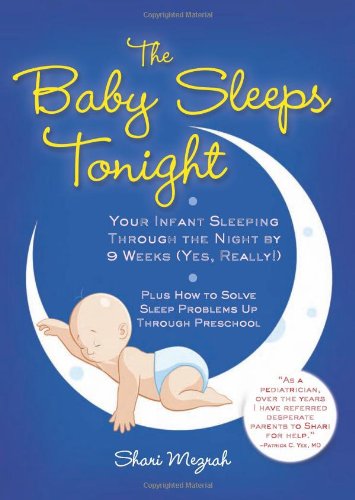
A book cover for The Baby Sleeps Tonight: Your Infant Sleeping Through the Night by 9 Weeks (Yes, Really!); Shari Mezrah; Health, Fitness & Dieting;